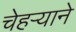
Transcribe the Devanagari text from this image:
चेहऱ्याने